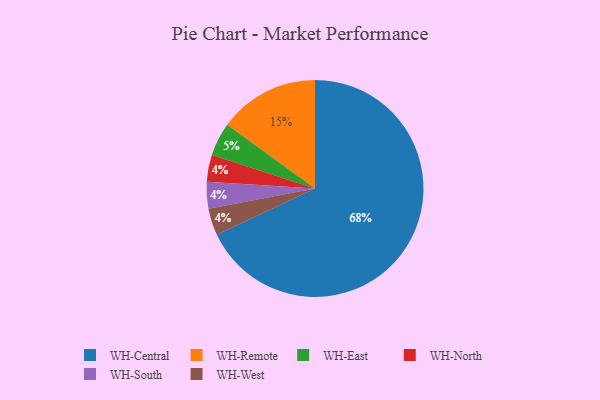
{"axis": {"x": "Category", "y": "Percentage"}, "legend": ["WH-Central", "WH-East", "WH-North", "WH-Remote", "WH-South", "WH-West"], "data": [{"x": "WH-North", "y": 4, "type": "WH-North"}, {"x": "WH-East", "y": 5, "type": "WH-East"}, {"x": "WH-Remote", "y": 15, "type": "WH-Remote"}, {"x": "WH-South", "y": 4, "type": "WH-South"}, {"x": "WH-West", "y": 4, "type": "WH-West"}, {"x": "WH-Central", "y": 68, "type": "WH-Central"}]}